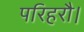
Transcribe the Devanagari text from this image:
परिहरौ।